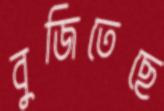
বুজিতেছে